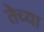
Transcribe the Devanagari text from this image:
तेच्या